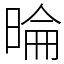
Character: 㫻